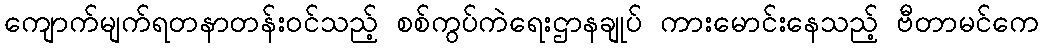
ကျောက်မျက်ရတနာတန်းဝင်သည့် စစ်ကွပ်ကဲရေးဌာနချုပ် ကားမောင်းနေသည့် ဗီတာမင်ကေ